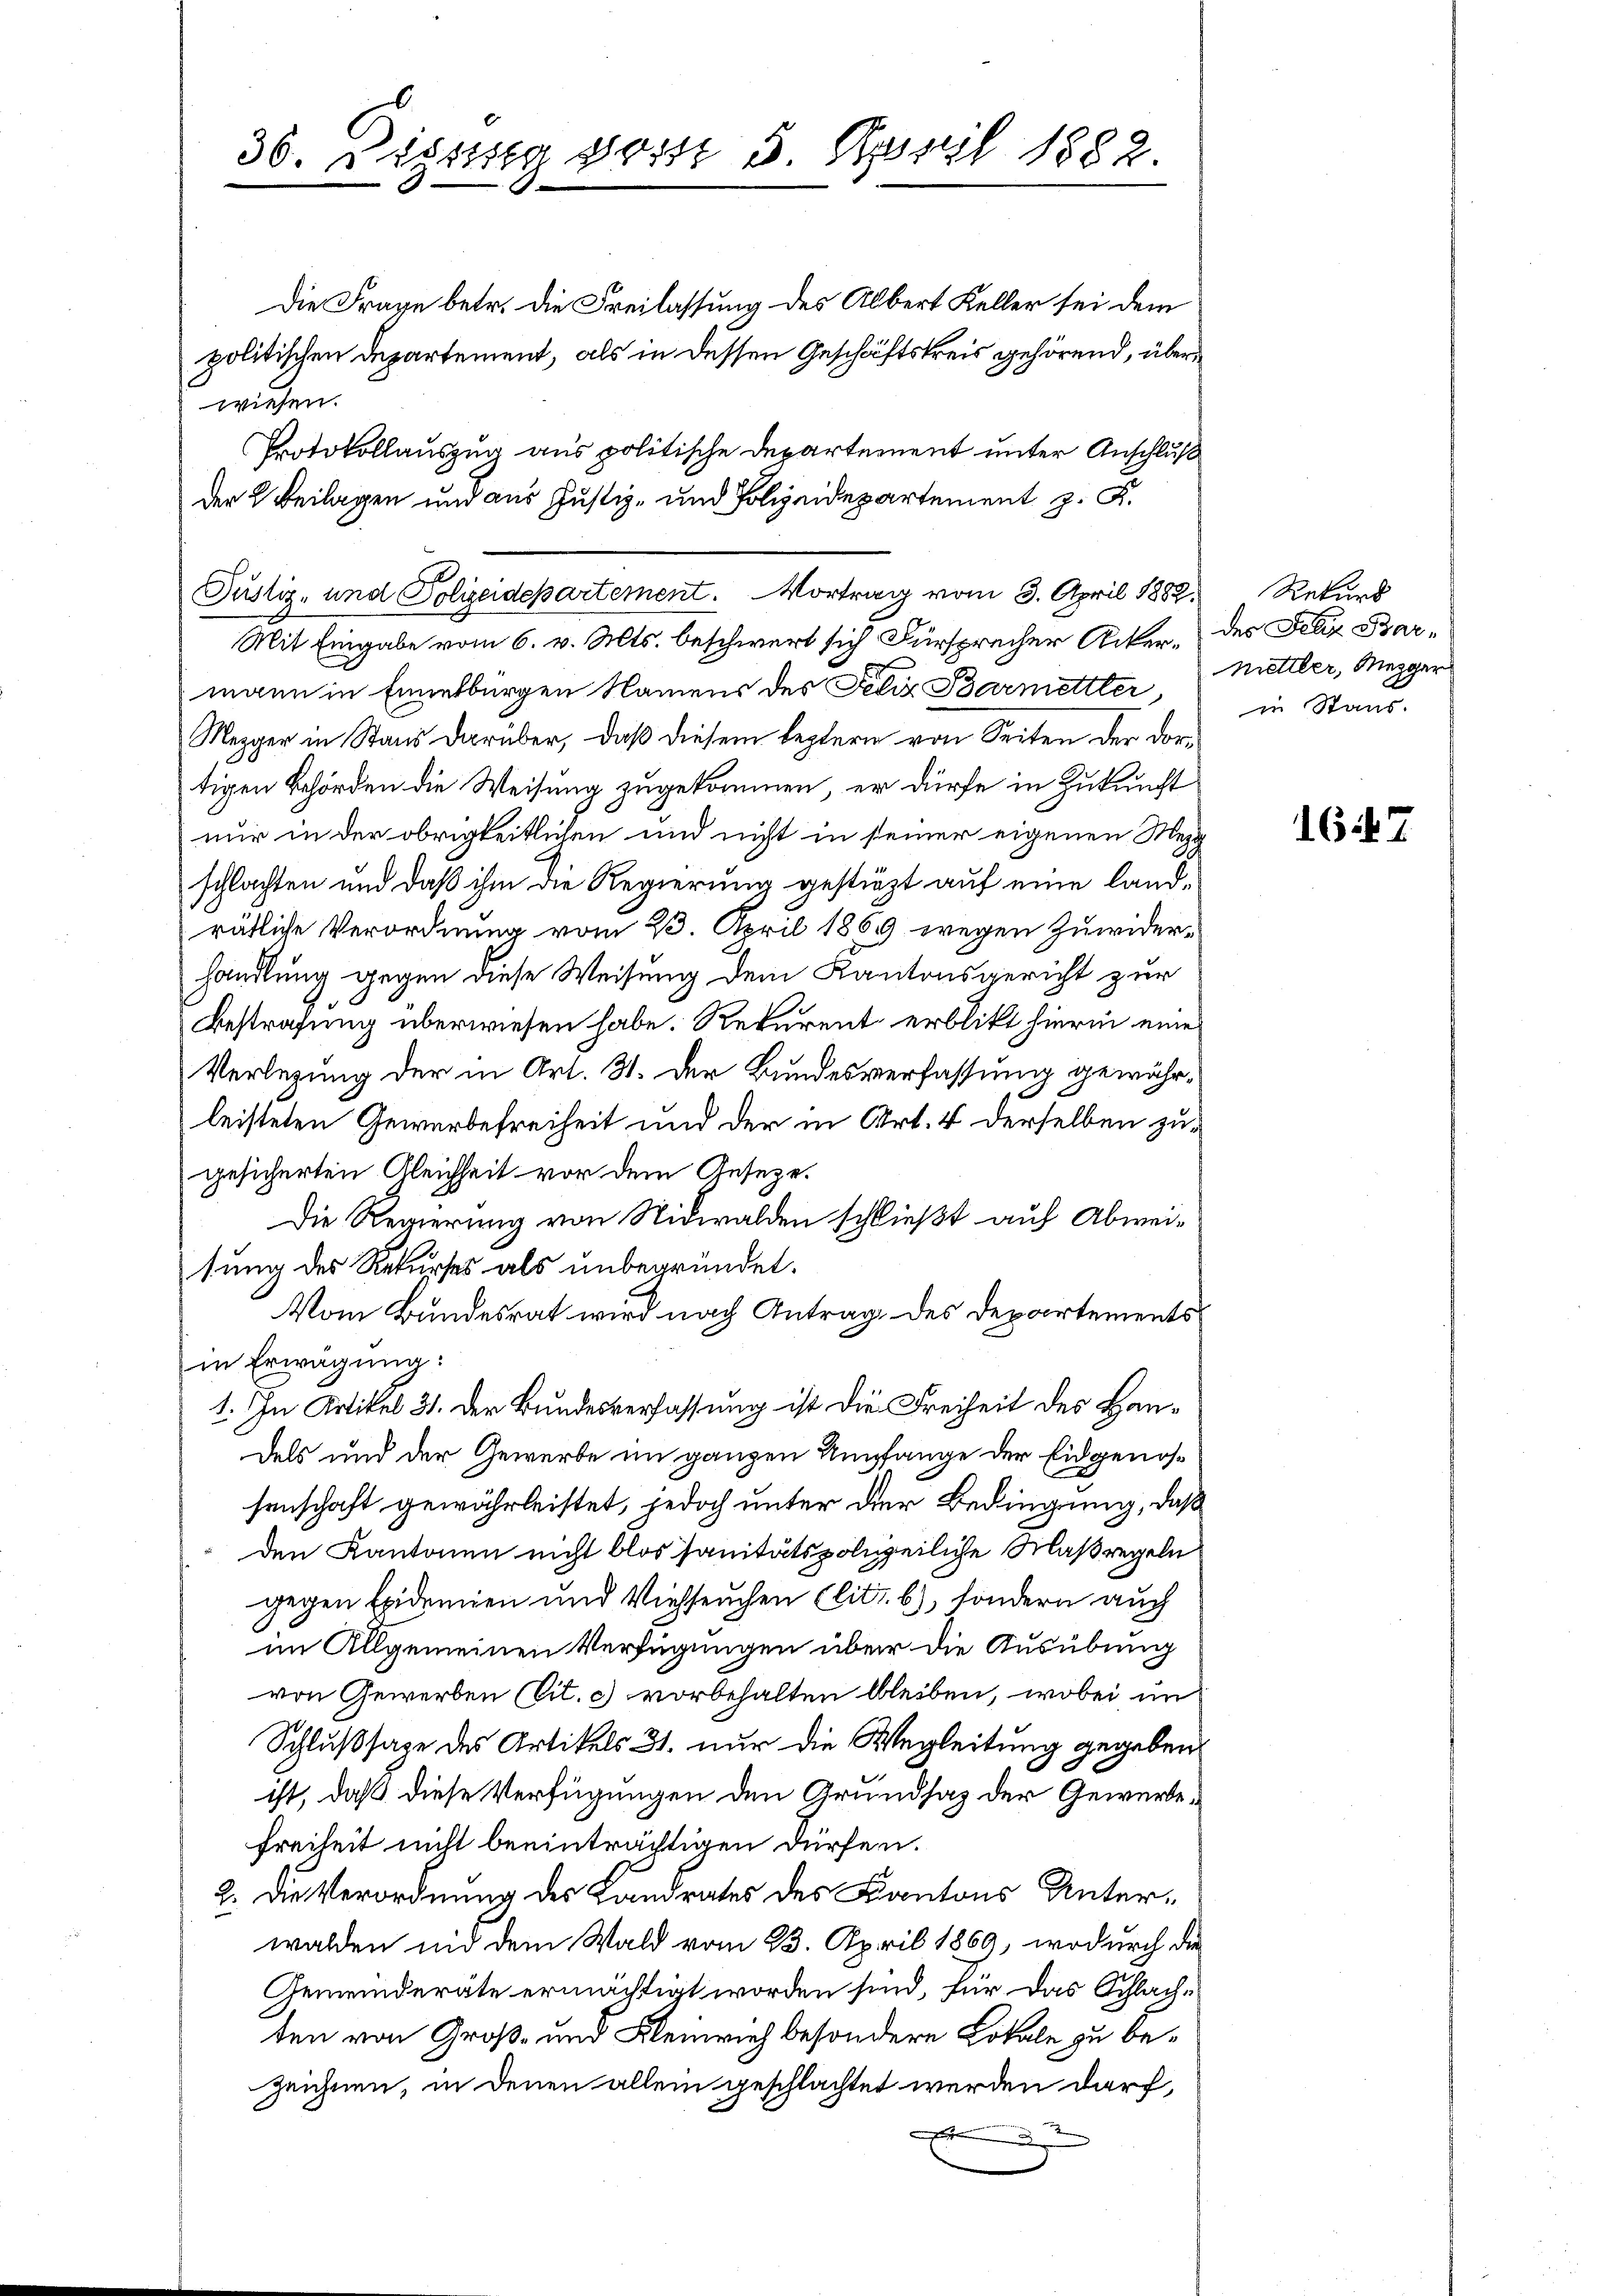
Die Frage betr. die Freilassung des Albert Keller sei dem
politischen Departement, als in dessen Geschäftskreis gehörend, überwiesen.
Protokollauszug aus politische Departement unter Anschluß
der 2. Beilagen und aus Justiz- und Polizeidepartement z. K.
Justiz- und Polizeidepartement. Vortrag vom 3. April 1882. Rekurs

36. Disseg desst 5 April 1882

Mit Eingabe vom 6. v. Mts. beschwert sich Fürsprecher Ackermann in Einentburgen Namens des Felix Barmettler
Mezger in Stand darüber, daß diesem leztern von Seiten der dor-
tigen Behörden die Weisung zugekommen, er dürfe in Zukunft
nur in der obrigkeitlichen und nicht in seiner eigenen Mezg
schlachten und daß ihm die Regierung gestürzt auf eine landrätliche Verordnung vom 23. April 1869 wegen Zuwiderhandlung gegen diese Weisung dem Kantonsgericht zur
Bestrafung überwiesen habe. Rekurent erblikt hierin eine
Verlegung der in Art. 31. Der Bundesverfassung gewährleisteten Gewerbefreiheit und der in Art. 4 derselben zugesicherten Gleichheit vor dem Gesetze.
Die Regierung von Nidwalden schließt auf Abweitung des Rekurses als unbegründet.
Vom Bundesrat wird nach Antrag des Departements
in Erwägung:
1. In Artikel 31. Der Bundesverfassung ist die Freiheit des Handels und der Gewerbe im ganzen Empfange der Eidgenössenschaft gewährleistet, jedoch unter der Bedingung, daß
den Kantonen nicht blos sanitätspolizeiliche Maßregeln
gegen Exidemien und Viehseuchen (lit. b.), sondern auch
im Allgemeinen Verfügungen über die Ausübung
von Gewerben (lit. c) vorbehalten bleiben, wobei un
Schlußsage des Artikels 31. nur die Wegleitung gegeben.
ist, daß diese Verfügungen den Grundsaz der Gewerbe¬
Freiheit nicht beeinträchtigen dürfen.
2. Die Verordnung des Landrates des Kantons Unterwalden nid dem Wald vom 23. April 1869, wodurch die
Gemeinderäte ermächtigt worden sind, für das Schlachten von Groß- und Kleinrich besondere Lokale zu bezeichnen, in denen allein geschlachtet werden durch,

des Felix Bar¬
Mettler, Mezger
in Stand.

167